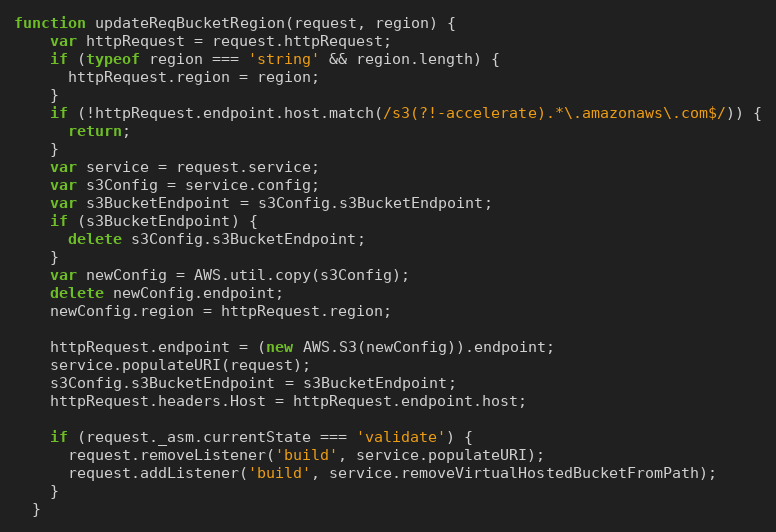
Language: JavaScript
function updateReqBucketRegion(request, region) {
    var httpRequest = request.httpRequest;
    if (typeof region === 'string' && region.length) {
      httpRequest.region = region;
    }
    if (!httpRequest.endpoint.host.match(/s3(?!-accelerate).*\.amazonaws\.com$/)) {
      return;
    }
    var service = request.service;
    var s3Config = service.config;
    var s3BucketEndpoint = s3Config.s3BucketEndpoint;
    if (s3BucketEndpoint) {
      delete s3Config.s3BucketEndpoint;
    }
    var newConfig = AWS.util.copy(s3Config);
    delete newConfig.endpoint;
    newConfig.region = httpRequest.region;

    httpRequest.endpoint = (new AWS.S3(newConfig)).endpoint;
    service.populateURI(request);
    s3Config.s3BucketEndpoint = s3BucketEndpoint;
    httpRequest.headers.Host = httpRequest.endpoint.host;

    if (request._asm.currentState === 'validate') {
      request.removeListener('build', service.populateURI);
      request.addListener('build', service.removeVirtualHostedBucketFromPath);
    }
  }